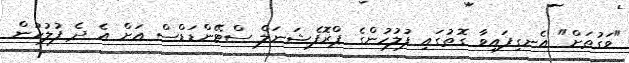
"ވަގުތަށް" އެނގިފައިވާ ގޮތުގައި ފުލުހުންގެ ޕްރޮފެޝަނަލް ސްޓޭންޑަޑްސް އަށް އެ ދެ ފުލުހުން